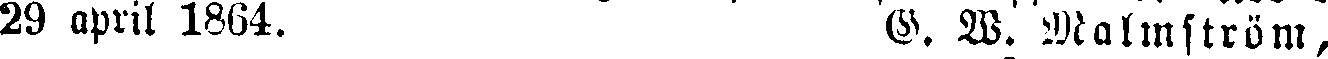
29 april 1864. G. W. Malmström,